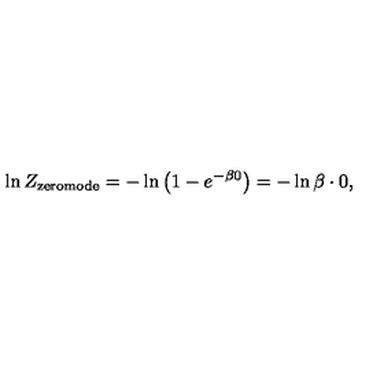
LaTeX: \ln Z _ { \mathrm { z e r o m o d e } } = - \ln \left( 1 - e ^ { - \beta 0 } \right) = - \ln \beta \cdot 0 ,